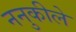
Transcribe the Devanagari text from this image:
ननुकीले